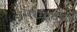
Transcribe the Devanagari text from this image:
मध्यायुष्य